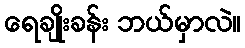
ရေချိုးခန်း ဘယ်မှာလဲ။